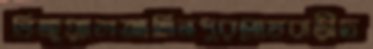
ভিজুয়্যালআমিনপুরঘোষবাড়ীচ